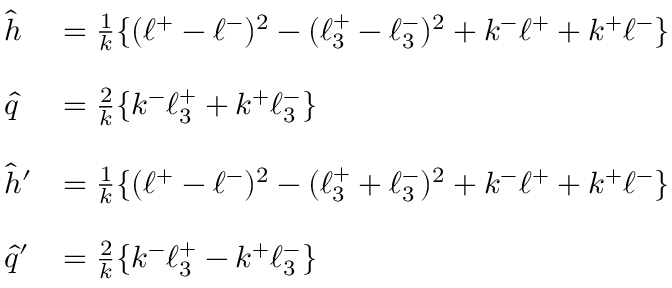
\begin{array} { l l } { { \hat { h } } } & { { = \frac { 1 } { k } \{ ( \ell ^ { + } - \ell ^ { - } ) ^ { 2 } - ( \ell _ { 3 } ^ { + } - \ell _ { 3 } ^ { - } ) ^ { 2 } + k ^ { - } \ell ^ { + } + k ^ { + } \ell ^ { - } \} } } \\ { { } } & { { } } \\ { { \hat { q } } } & { { = \frac { 2 } { k } \{ k ^ { - } \ell _ { 3 } ^ { + } + k ^ { + } \ell _ { 3 } ^ { - } \} } } \\ { { } } & { { } } \\ { { \hat { h } ^ { \prime } } } & { { = \frac { 1 } { k } \{ ( \ell ^ { + } - \ell ^ { - } ) ^ { 2 } - ( \ell _ { 3 } ^ { + } + \ell _ { 3 } ^ { - } ) ^ { 2 } + k ^ { - } \ell ^ { + } + k ^ { + } \ell ^ { - } \} } } \\ { { } } & { { } } \\ { { \hat { q } ^ { \prime } } } & { { = \frac { 2 } { k } \{ k ^ { - } \ell _ { 3 } ^ { + } - k ^ { + } \ell _ { 3 } ^ { - } \} } } \end{array}